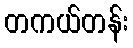
တကယ်တန်း